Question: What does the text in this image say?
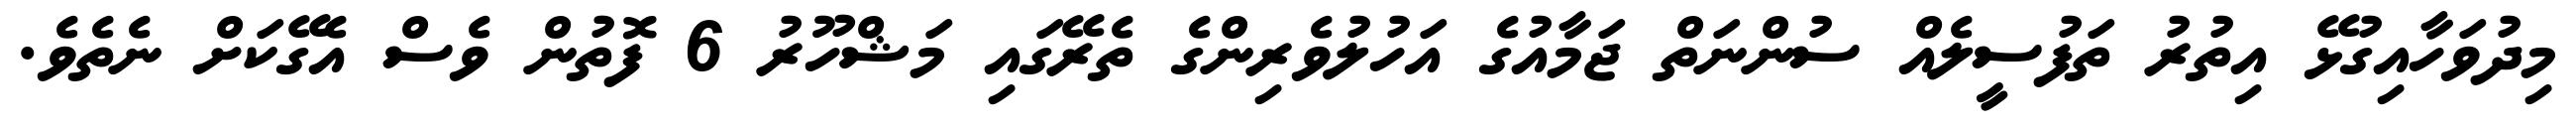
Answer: މިދުވަހާއިގުޅޭ އިތުރު ތަފުސީލެއް ސުންނަތް ޖަމާއުގެ އަހުލުވެރިންގެ ތެރޭގައި މަޝްހޫރު 6 ފޮތުން ވެސް އެގޭކަށް ނެތެވެ.